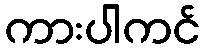
ကားပါကင်